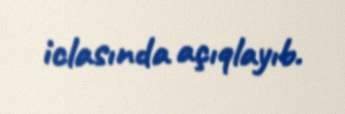
iclasında açıqlayıb.